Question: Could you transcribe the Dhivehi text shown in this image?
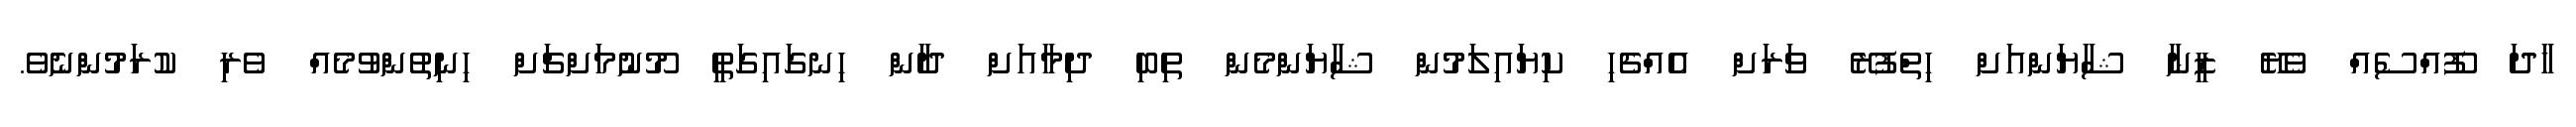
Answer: ހާދަ ފޫއްސެއް ވެޔޭ ޒީނާ ޝާޔަންއަށް ހިތްފުރޭ ވަރަށް އެއްޗެހި ކިޔައިލަމުން ޝާޔަންމެން ތިބި ދިމާއަށް ދާން ހިނގައިގަތީ މޫނުމަށްޗަށް ހިނިތުންވުމެއް ވެރި ކުރަމުންނެވެ.